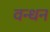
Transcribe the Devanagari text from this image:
वन्धन